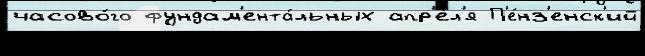
часово́го фундам'ента́льных апр'е́л'я П'е́нз'енск'ий